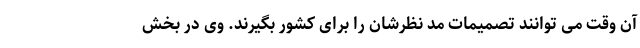
آن وقت می توانند تصمیمات مد نظرشان را برای کشور بگیرند. وی در بخش